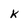
Character: k